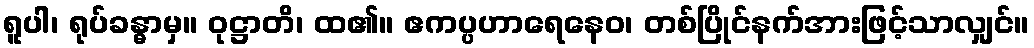
ရူပါ၊ ရုပ်ခန္ဓာမှ။ ဝုဋ္ဌာတိ၊ ထ၏။ ဧကပ္ပဟာရေနေဝ၊ တစ်ပြိုင်နက်အားဖြင့်သာလျှင်။